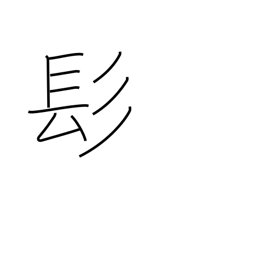
Meaning: long hair radical (no.190)